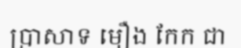
ប្រាសាទ មឿង កែក ជា